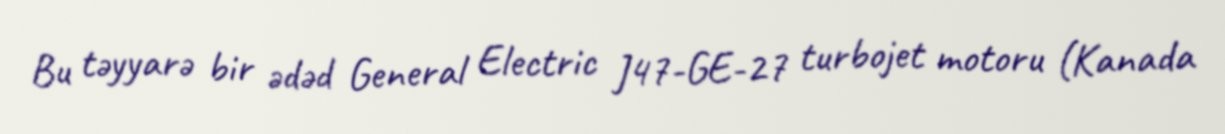
Bu təyyarə bir ədəd General Electric J47-GE-27 turbojet motoru (Kanada